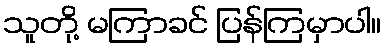
သူတို့ မကြာခင် ပြန်ကြမှာပါ။